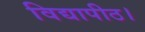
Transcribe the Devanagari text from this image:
विद्यापीठ।